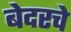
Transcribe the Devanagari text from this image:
बेदरचे